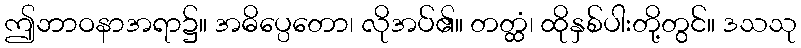
ဤဘာဝနာအရာ၌။ အဓိပ္ပေတော၊ လိုအပ်၏။ တတ္ထံ၊ ထိုနှစ်ပါးတို့တွင်။ ဒသသု